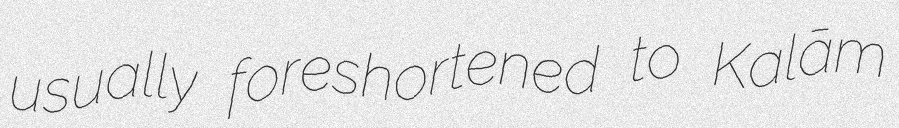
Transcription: usually foreshortened to Kalām